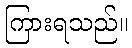
ကြားရသည်။